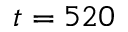
t = 5 2 0